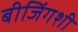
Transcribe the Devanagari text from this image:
बीजिंगशी